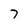
Character: 7